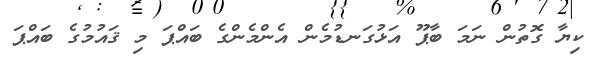
ކިޔާ ގޮތުން ނަމަ ބާޕޫ އަޅުގަނޑުމެން އެންމެންގެ ބައްޕަ މި ޤައުމުގެ ބައްޕަ